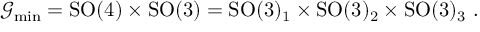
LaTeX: \mathcal { G } _ { \mathrm { m i n } } = \mathrm { S O } ( 4 ) \times \mathrm { S O } ( 3 ) = \mathrm { S O } ( 3 ) _ { 1 } \times \mathrm { S O } ( 3 ) _ { 2 } \times \mathrm { S O } ( 3 ) _ { 3 } ~ .